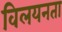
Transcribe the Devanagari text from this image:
विलयनता